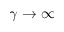
\gamma \to \infty